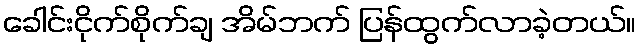
ခေါင်းငိုက်စိုက်ချ အိမ်ဘက် ပြန်ထွက်လာခဲ့တယ်။